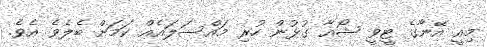
މިއީ އޭނާގެ ޓީވީ ޝޯއާ ގުޅުން ހުރި މައްސަލައެއް ކަމަށް ބެލެވެ އެވެ.